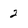
Character: 2